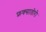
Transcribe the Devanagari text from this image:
फ्रक्सातोरो